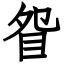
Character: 眢